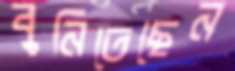
বুনিতেছেন